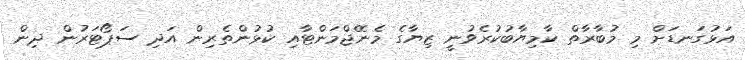
އަޅުގަނޑަށް މި މުބާރާތް ކާމިޔާބުކުރެވުނީ ޒިޔާގެ މެނޭޖްމަންޓާއި ކުޅުންތެރިން އަދި ސަޕޯޓަރުން ދިން